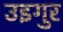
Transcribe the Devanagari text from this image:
उइगुर